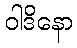
ဝါဒိနော